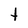
Character: t